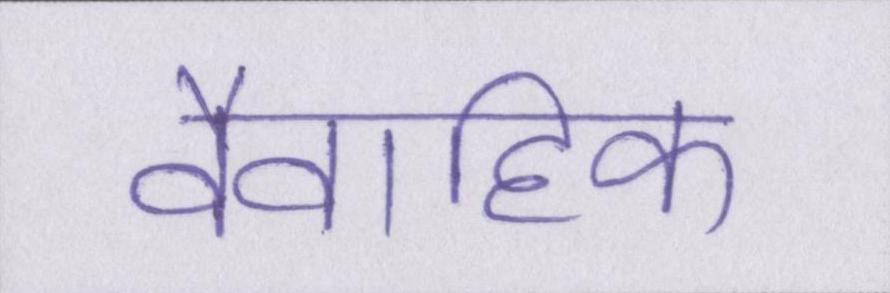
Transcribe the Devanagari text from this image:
वैवाहिक